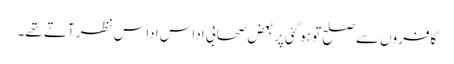
کافروں سے صلح تو ہوگئی پر بعض صحابی اداس اداس نظر آتے تھے۔